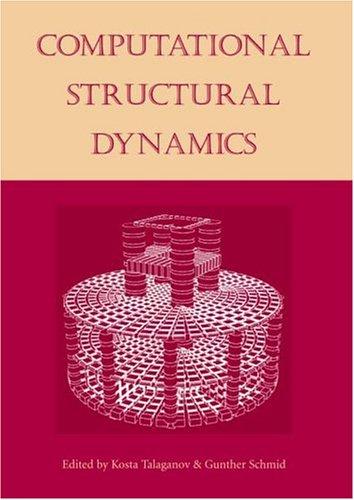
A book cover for Computational Structural Dynamics; Science & Math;